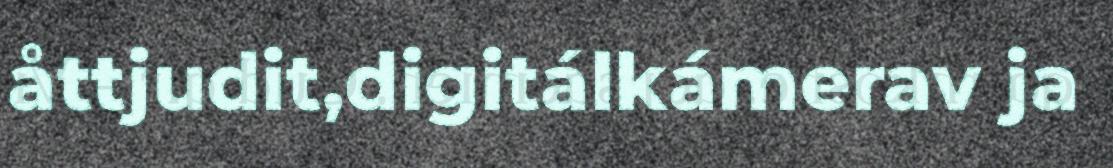
åttjudit,digitálkámerav ja